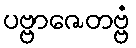
ပဗ္ဗာဇေတဗ္ဗံ